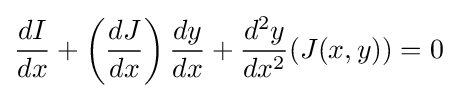
{dI \over dx}+\left({dJ \over dx}\right){dy \over dx}+{d^{2}y \over dx^{2}}(J(x,y))=0